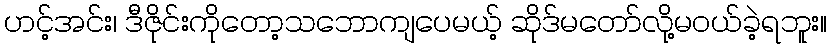
ဟင့်အင်း၊ ဒီဇိုင်းကိုတော့သဘောကျပေမယ့် ဆိုဒ်မတော်လို့မဝယ်ခဲ့ရဘူး။